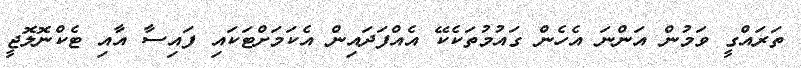
ތަރައްގީ ވަމުން އަންނަ އެހެން ގައުމުތަކެކޭ އެއްފަދައިން އެކަމަށްޓަކައި ފައިސާ އާއި ޓެކްނޮލޮޖީ